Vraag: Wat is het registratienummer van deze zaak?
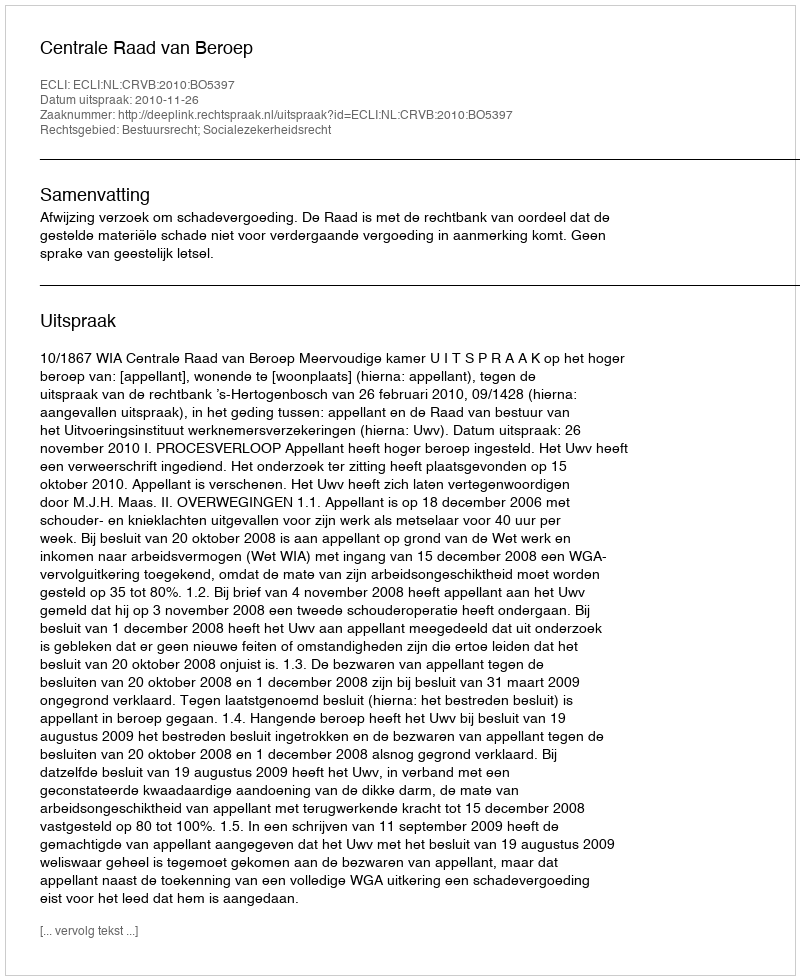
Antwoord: http://deeplink.rechtspraak.nl/uitspraak?id=ECLI:NL:CRVB:2010:BO5397